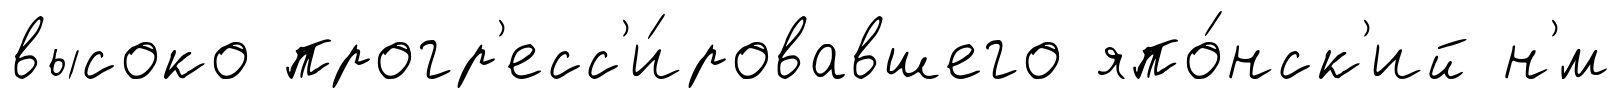
высоко прогр'есс'и́ровавшего япо́нск'ий н'́м